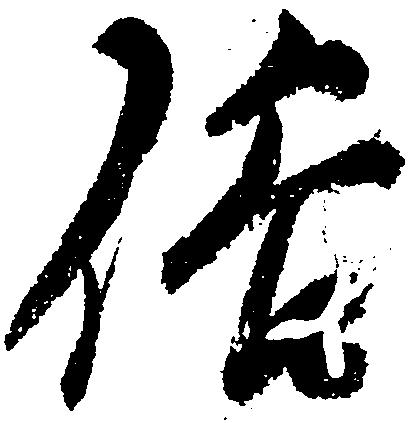
俗